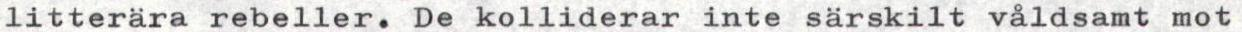
litterära rebeller. De kolliderar inte särskilt våldsamt mot